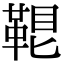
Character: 𩊷